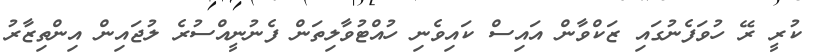
ކުރީ ރޭ ހުވަފެނުގައި ޒަކްވާން އައިސް ކައިވެނި ހުއްޓުވާލިތަން ފެނުނީއްސުރެ ލުޖައިން އިންތިޒާރު